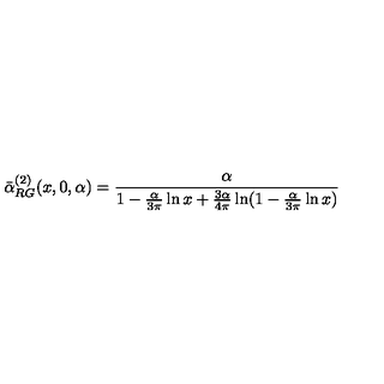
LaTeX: \bar { \alpha } _ { R G } ^ { ( 2 ) } ( x , 0 , \alpha ) = \frac { \alpha } { 1 - \frac { \alpha } { 3 \pi } \ln x + \frac { 3 \alpha } { 4 \pi } \ln ( 1 - \frac { \alpha } { 3 \pi } \ln x ) }